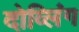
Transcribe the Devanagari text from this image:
दोव्लिंग